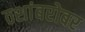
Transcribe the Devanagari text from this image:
ठशांबरोबर